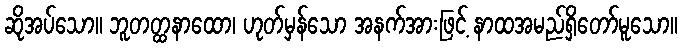
ဆိုအပ်သော။ ဘူတတ္ထနာထော၊ ဟုတ်မှန်သော အနက်အားဖြင့် နာထအမည်ရှိတော်မူသော။